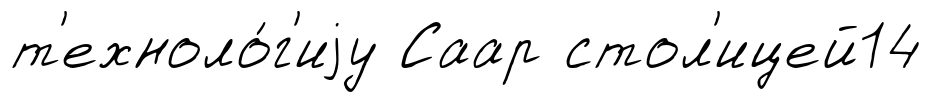
т'ехноло́г'иjу Саар стол'ицей14